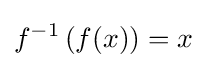
f^{-1}\left(f(x)\right)=x